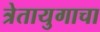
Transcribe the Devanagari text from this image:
त्रेतायुगाचा